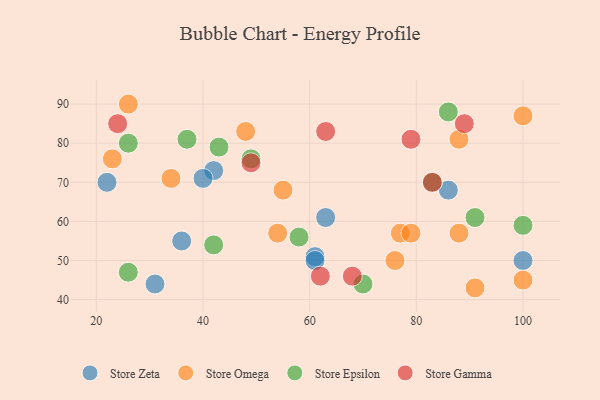
{"axis": {"x": "GDP", "y": "Life Expectancy"}, "legend": ["Store Epsilon", "Store Gamma", "Store Omega", "Store Zeta"], "data": [{"x": "22", "y": 70, "type": "Store Zeta"}, {"x": "36", "y": 55, "type": "Store Zeta"}, {"x": "61", "y": 51, "type": "Store Zeta"}, {"x": "100", "y": 50, "type": "Store Zeta"}, {"x": "86", "y": 68, "type": "Store Zeta"}, {"x": "63", "y": 61, "type": "Store Zeta"}, {"x": "42", "y": 73, "type": "Store Zeta"}, {"x": "61", "y": 50, "type": "Store Zeta"}, {"x": "31", "y": 44, "type": "Store Zeta"}, {"x": "40", "y": 71, "type": "Store Zeta"}, {"x": "26", "y": 90, "type": "Store Omega"}, {"x": "23", "y": 76, "type": "Store Omega"}, {"x": "88", "y": 57, "type": "Store Omega"}, {"x": "88", "y": 81, "type": "Store Omega"}, {"x": "54", "y": 57, "type": "Store Omega"}, {"x": "55", "y": 68, "type": "Store Omega"}, {"x": "77", "y": 57, "type": "Store Omega"}, {"x": "100", "y": 87, "type": "Store Omega"}, {"x": "91", "y": 43, "type": "Store Omega"}, {"x": "100", "y": 45, "type": "Store Omega"}, {"x": "79", "y": 57, "type": "Store Omega"}, {"x": "34", "y": 71, "type": "Store Omega"}, {"x": "76", "y": 50, "type": "Store Omega"}, {"x": "48", "y": 83, "type": "Store Omega"}, {"x": "83", "y": 70, "type": "Store Epsilon"}, {"x": "37", "y": 81, "type": "Store Epsilon"}, {"x": "58", "y": 56, "type": "Store Epsilon"}, {"x": "42", "y": 54, "type": "Store Epsilon"}, {"x": "70", "y": 44, "type": "Store Epsilon"}, {"x": "26", "y": 47, "type": "Store Epsilon"}, {"x": "26", "y": 80, "type": "Store Epsilon"}, {"x": "100", "y": 59, "type": "Store Epsilon"}, {"x": "91", "y": 61, "type": "Store Epsilon"}, {"x": "49", "y": 76, "type": "Store Epsilon"}, {"x": "86", "y": 88, "type": "Store Epsilon"}, {"x": "43", "y": 79, "type": "Store Epsilon"}, {"x": "89", "y": 85, "type": "Store Gamma"}, {"x": "68", "y": 46, "type": "Store Gamma"}, {"x": "79", "y": 81, "type": "Store Gamma"}, {"x": "49", "y": 75, "type": "Store Gamma"}, {"x": "63", "y": 83, "type": "Store Gamma"}, {"x": "62", "y": 46, "type": "Store Gamma"}, {"x": "83", "y": 70, "type": "Store Gamma"}, {"x": "24", "y": 85, "type": "Store Gamma"}]}